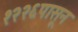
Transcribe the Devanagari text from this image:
१२२६पासून